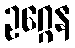
ဥဂ္ဂေန